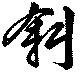
斜